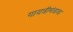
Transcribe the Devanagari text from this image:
गायत्रीमंत्राचा